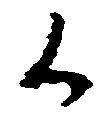
候